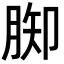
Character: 𦛪